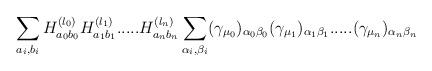
LaTeX: \begin{align*}\sum_{a_i,b_i} H^{(l_0)}_{a_0 b_0} H^{(l_1)}_{a_1 b_1} .....H^{(l_n)}_{a_n b_n} \sum_{\alpha_i,\beta_i}(\gamma_{\mu_0})_{\alpha_0 \beta_0} (\gamma_{\mu_1})_{\alpha_1 \beta_1} .....(\gamma_{\mu_n})_{\alpha_n \beta_n}\end{align*}